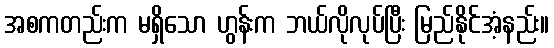
အစကတည်းက မရှိသော ဟွန်းက ဘယ်လိုလုပ်ပြီး မြည်နိုင်အံ့နည်း။